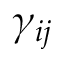
\gamma _ { i j }